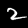
Digit: 2